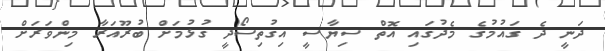
ދަނީ ދެ ގައުމުގެ މެދުގައި އޮތް ސިޔާސީ އިގުތިސޯދީ ގުޅުމަށް ބުރޫއަރާ މިންވަރަށް